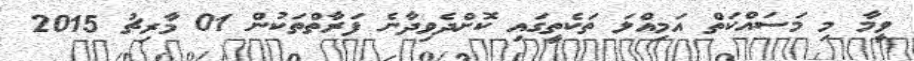
ވީމާ މި މަސައްކަތް އަމިއްލަ ތަކެތީގައި ކޮށްދެވިދާނެ ފަރާތްތަކުން 01 މާރިޗު 2015